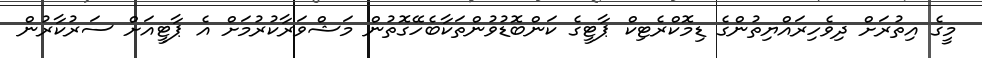
މީގެ އިތުރަށް ދިވެހިރައްޔިތުންގެ ޑިމޮކްރެޓިކް ޕާޓީގެ ކަންބޮޑުވުންތަކާބެހޭގޮތުން މަޝްވަރާކުރުމަށް އެ ޕާޓީއަށް ސަރުކާރުން